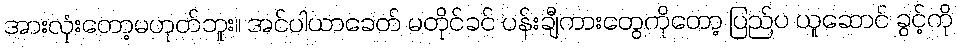
အားလုံးတော့မဟုတ်ဘူး။ အင်ပါယာခေတ် မတိုင်ခင် ပန်းချီကားတွေကိုတော့ ပြည်ပ ယူဆောင် ခွင့်ကို